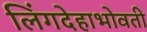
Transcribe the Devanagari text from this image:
लिंगदेहाभोवती